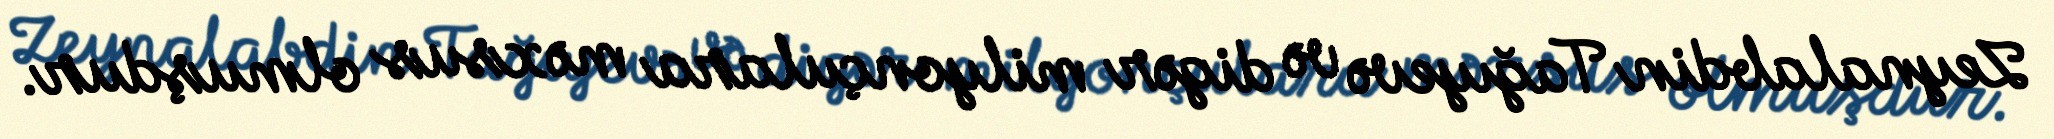
Zeynalabdin Tağıyevə və digər milyonçulara məxsus olmuşdur.